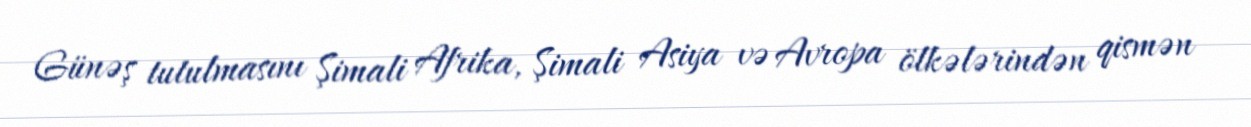
Günəş tutulmasını Şimali Afrika, Şimali Asiya və Avropa ölkələrindən qismən